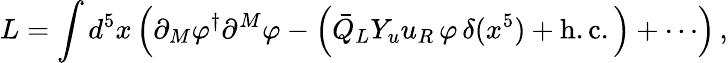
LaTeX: L=\int d^{5}x\left(\partial_{M}\varphi^{\dagger}\partial^{M}\varphi-\left(\bar{Q}_{L}Y_{u}u_{R}\, \varphi\, \delta(x^{5})+\mathrm{h}.\mathrm{c}.\right)+\cdots\right)\, ,